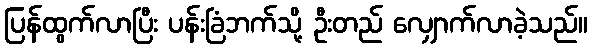
ပြန်ထွက်လာပြီး ပန်းခြံဘက်သို့ ဦးတည် လျှောက်လာခဲ့သည်။